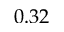
0 . 3 2